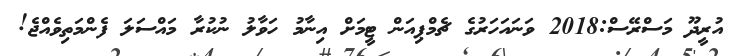
އުރީދޫ މަސްރޭސް:2018 ވަނައަހަރުގެ ޗެމްޕިއަން ޓީމަށް އިނާމު ހަވާލު ނުކުރާ މައްސަލަ ފެންމަތިވެއްޖެ!